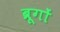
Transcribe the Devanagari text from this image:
ब्रूगों